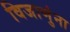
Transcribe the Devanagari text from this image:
विजाणुंना